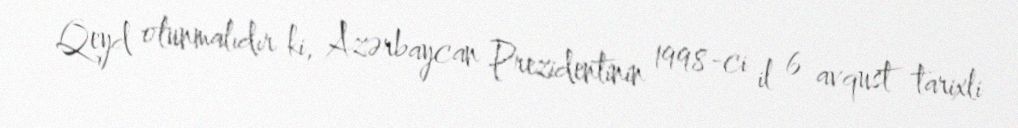
Qeyd olunmalıdır ki, Azərbaycan Prezidentinin 1998-ci il 6 avqust tarixli